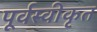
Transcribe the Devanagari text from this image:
पूर्वस्वीकृत